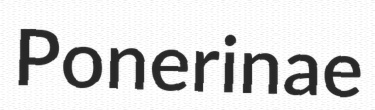
Ponerinae